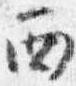
西